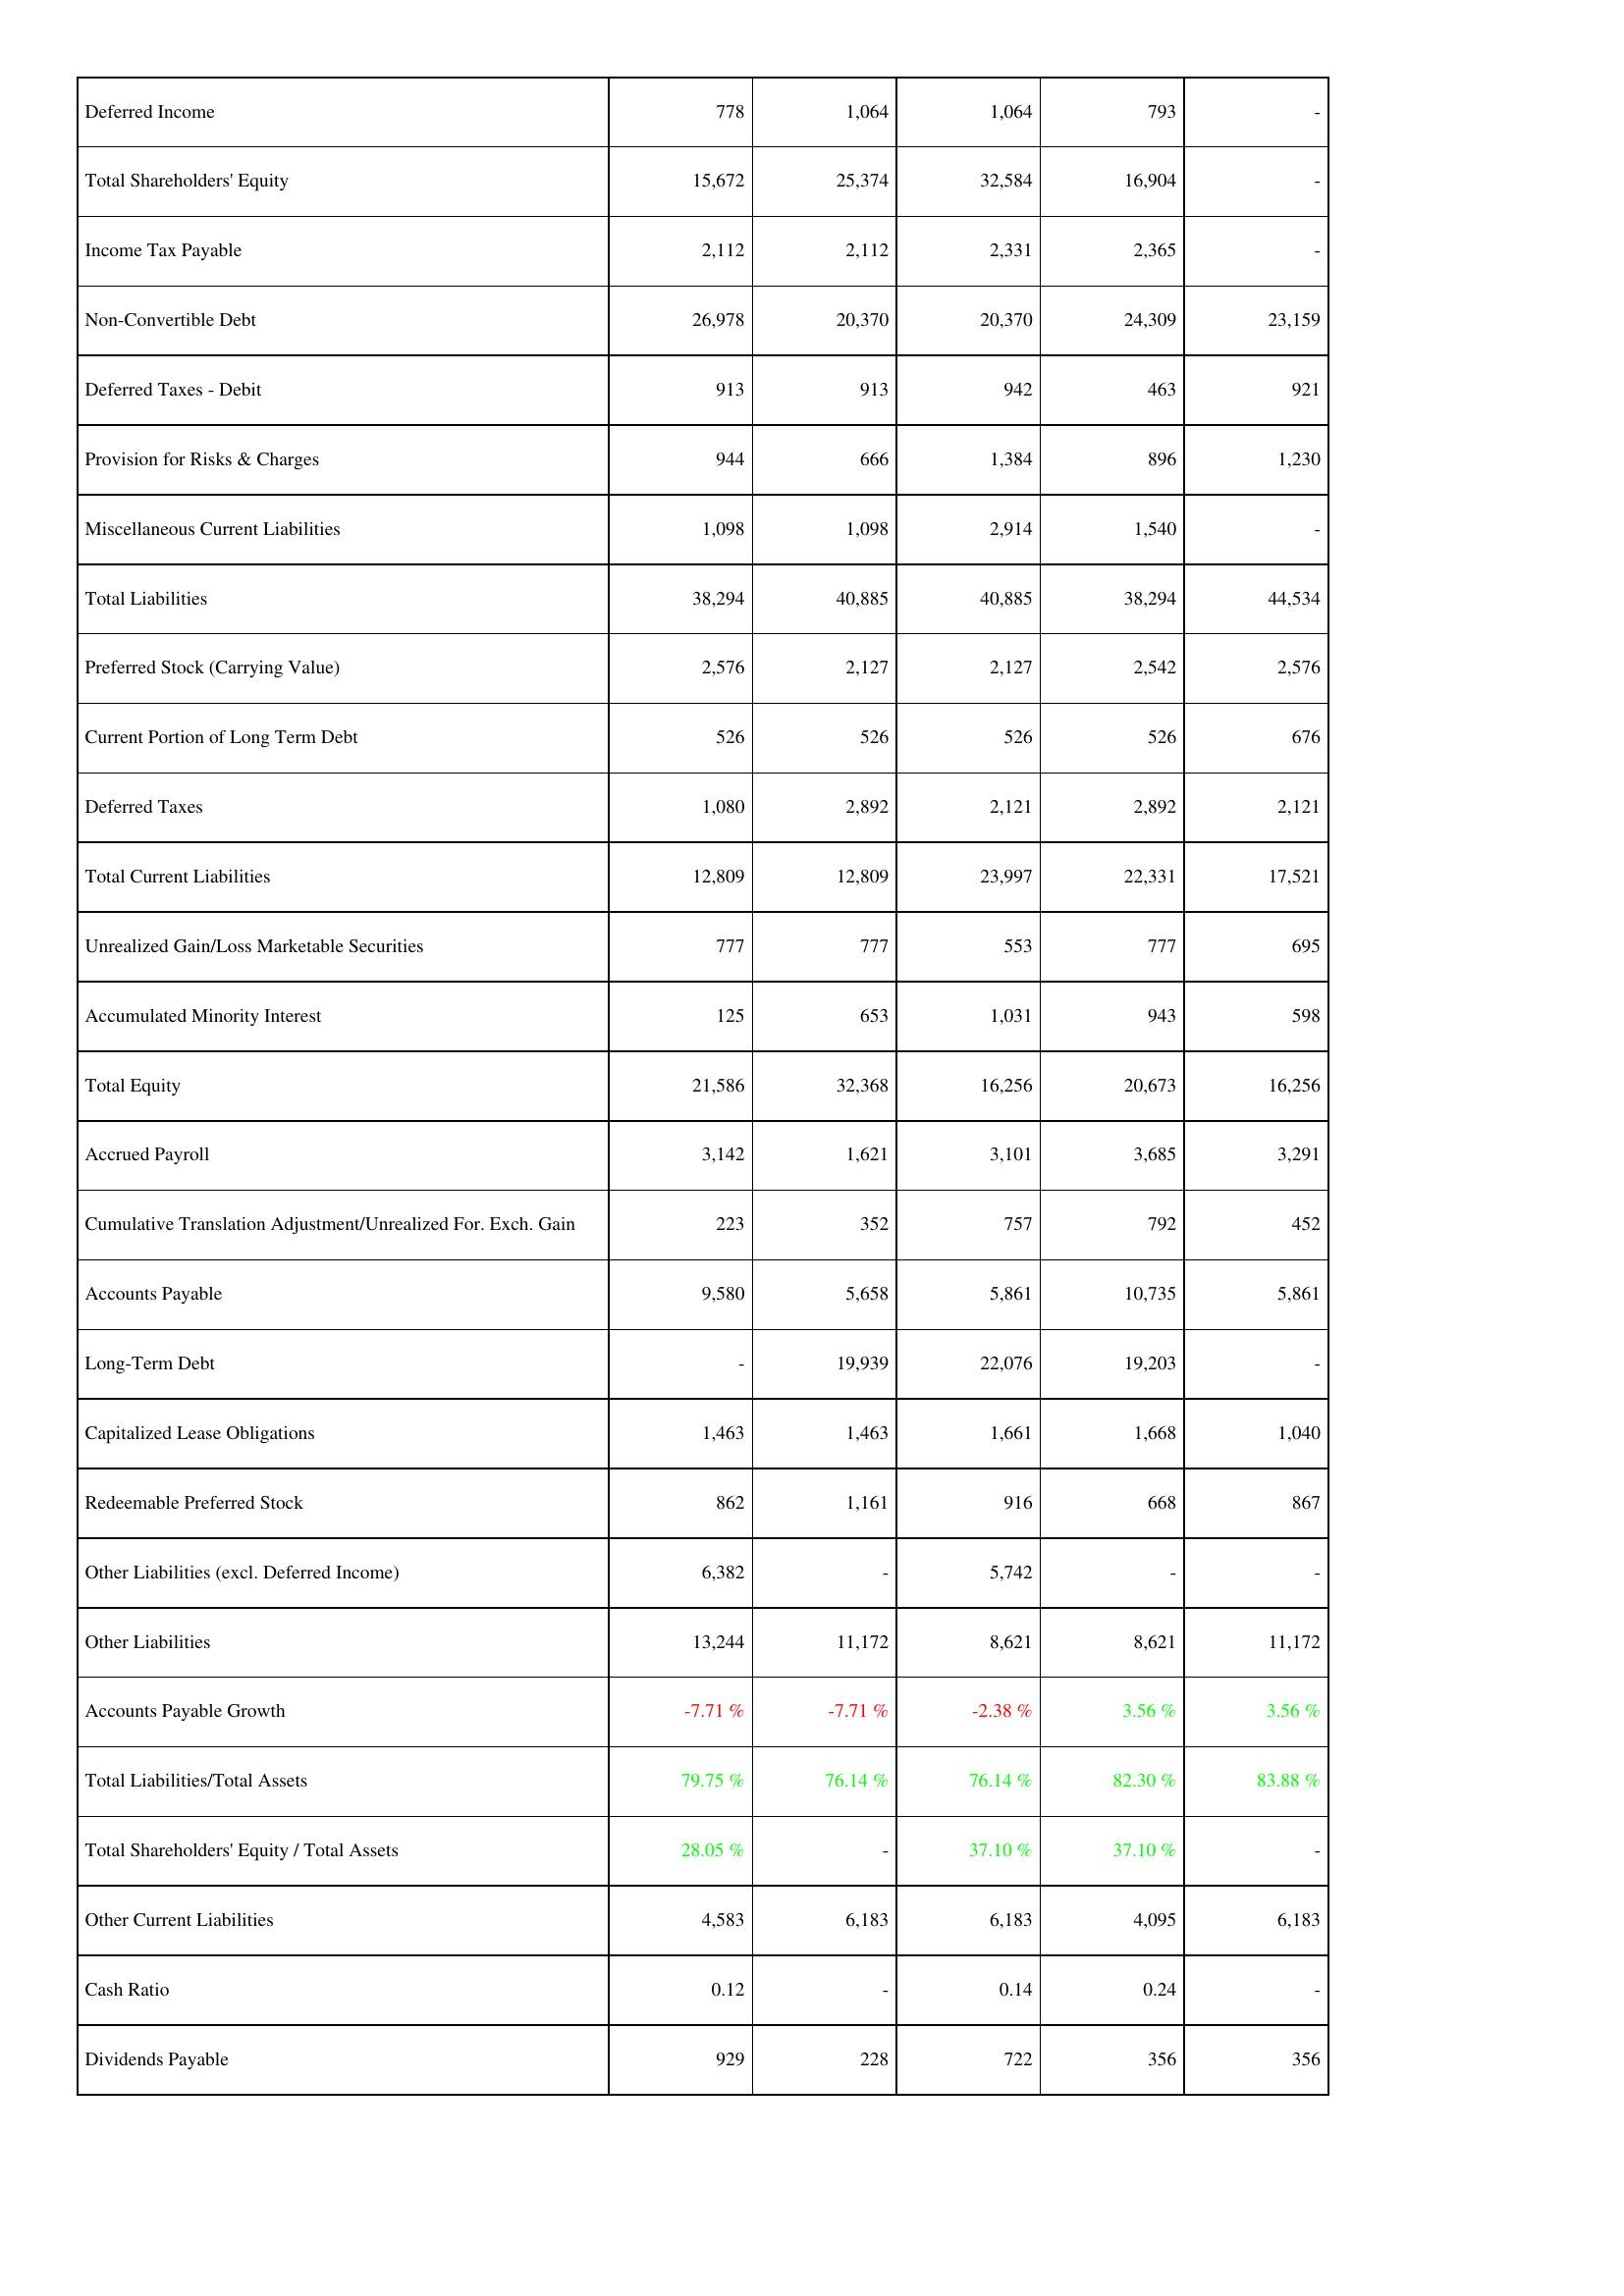
2009: Liabilities & Shareholders' Equity: Deferred Income: 778
Total Shareholders' Equity: 15,672
Income Tax Payable: 2,112
Non-Convertible Debt: 26,978
Deferred Taxes - Debit: 913
Provision for Risks & Charges: 944
Miscellaneous Current Liabilities: 1,098
Total Liabilities: 38,294
Preferred Stock (Carrying Value): 2,576
Current Portion of Long Term Debt: 526
Deferred Taxes: 1,080
Total Current Liabilities: 12,809
Unrealized Gain/Loss Marketable Securities: 777
Accumulated Minority Interest: 125
Total Equity: 21,586
Accrued Payroll: 3,142
Cumulative Translation Adjustment/Unrealized For. Exch. Gain: 223
Accounts Payable: 9,580
Long-Term Debt: -
Capitalized Lease Obligations: 1,463
Redeemable Preferred Stock: 862
Other Liabilities (excl. Deferred Income): 6,382
Other Liabilities: 13,244
Accounts Payable Growth: -7.71 %
Total Liabilities/Total Assets: 79.75 %
Total Shareholders' Equity / Total Assets: 28.05 %
Other Current Liabilities: 4,583
Cash Ratio: 0.12
Dividends Payable: 929
2010: Liabilities & Shareholders' Equity: Deferred Income: 1,064
Total Shareholders' Equity: 25,374
Income Tax Payable: 2,112
Non-Convertible Debt: 20,370
Deferred Taxes - Debit: 913
Provision for Risks & Charges: 666
Miscellaneous Current Liabilities: 1,098
Total Liabilities: 40,885
Preferred Stock (Carrying Value): 2,127
Current Portion of Long Term Debt: 526
Deferred Taxes: 2,892
Total Current Liabilities: 12,809
Unrealized Gain/Loss Marketable Securities: 777
Accumulated Minority Interest: 653
Total Equity: 32,368
Accrued Payroll: 1,621
Cumulative Translation Adjustment/Unrealized For. Exch. Gain: 352
Accounts Payable: 5,658
Long-Term Debt: 19,939
Capitalized Lease Obligations: 1,463
Redeemable Preferred Stock: 1,161
Other Liabilities (excl. Deferred Income): -
Other Liabilities: 11,172
Accounts Payable Growth: -7.71 %
Total Liabilities/Total Assets: 76.14 %
Total Shareholders' Equity / Total Assets: -
Other Current Liabilities: 6,183
Cash Ratio: -
Dividends Payable: 228
2011: Liabilities & Shareholders' Equity: Deferred Income: 1,064
Total Shareholders' Equity: 32,584
Income Tax Payable: 2,331
Non-Convertible Debt: 20,370
Deferred Taxes - Debit: 942
Provision for Risks & Charges: 1,384
Miscellaneous Current Liabilities: 2,914
Total Liabilities: 40,885
Preferred Stock (Carrying Value): 2,127
Current Portion of Long Term Debt: 526
Deferred Taxes: 2,121
Total Current Liabilities: 23,997
Unrealized Gain/Loss Marketable Securities: 553
Accumulated Minority Interest: 1,031
Total Equity: 16,256
Accrued Payroll: 3,101
Cumulative Translation Adjustment/Unrealized For. Exch. Gain: 757
Accounts Payable: 5,861
Long-Term Debt: 22,076
Capitalized Lease Obligations: 1,661
Redeemable Preferred Stock: 916
Other Liabilities (excl. Deferred Income): 5,742
Other Liabilities: 8,621
Accounts Payable Growth: -2.38 %
Total Liabilities/Total Assets: 76.14 %
Total Shareholders' Equity / Total Assets: 37.10 %
Other Current Liabilities: 6,183
Cash Ratio: 0.14
Dividends Payable: 722
2012: Liabilities & Shareholders' Equity: Deferred Income: 793
Total Shareholders' Equity: 16,904
Income Tax Payable: 2,365
Non-Convertible Debt: 24,309
Deferred Taxes - Debit: 463
Provision for Risks & Charges: 896
Miscellaneous Current Liabilities: 1,540
Total Liabilities: 38,294
Preferred Stock (Carrying Value): 2,542
Current Portion of Long Term Debt: 526
Deferred Taxes: 2,892
Total Current Liabilities: 22,331
Unrealized Gain/Loss Marketable Securities: 777
Accumulated Minority Interest: 943
Total Equity: 20,673
Accrued Payroll: 3,685
Cumulative Translation Adjustment/Unrealized For. Exch. Gain: 792
Accounts Payable: 10,735
Long-Term Debt: 19,203
Capitalized Lease Obligations: 1,668
Redeemable Preferred Stock: 668
Other Liabilities (excl. Deferred Income): -
Other Liabilities: 8,621
Accounts Payable Growth: 3.56 %
Total Liabilities/Total Assets: 82.30 %
Total Shareholders' Equity / Total Assets: 37.10 %
Other Current Liabilities: 4,095
Cash Ratio: 0.24
Dividends Payable: 356
2013: Liabilities & Shareholders' Equity: Deferred Income: -
Total Shareholders' Equity: -
Income Tax Payable: -
Non-Convertible Debt: 23,159
Deferred Taxes - Debit: 921
Provision for Risks & Charges: 1,230
Miscellaneous Current Liabilities: -
Total Liabilities: 44,534
Preferred Stock (Carrying Value): 2,576
Current Portion of Long Term Debt: 676
Deferred Taxes: 2,121
Total Current Liabilities: 17,521
Unrealized Gain/Loss Marketable Securities: 695
Accumulated Minority Interest: 598
Total Equity: 16,256
Accrued Payroll: 3,291
Cumulative Translation Adjustment/Unrealized For. Exch. Gain: 452
Accounts Payable: 5,861
Long-Term Debt: -
Capitalized Lease Obligations: 1,040
Redeemable Preferred Stock: 867
Other Liabilities (excl. Deferred Income): -
Other Liabilities: 11,172
Accounts Payable Growth: 3.56 %
Total Liabilities/Total Assets: 83.88 %
Total Shareholders' Equity / Total Assets: -
Other Current Liabilities: 6,183
Cash Ratio: -
Dividends Payable: 356